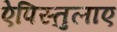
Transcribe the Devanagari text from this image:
ऐपिस्तुलाए